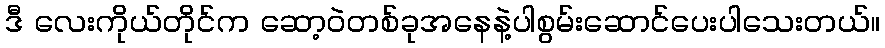
ဒီ လေးကိုယ်တိုင်က ဆော့ဝဲတစ်ခုအနေနဲ့ပါစွမ်းဆောင်ပေးပါသေးတယ်။